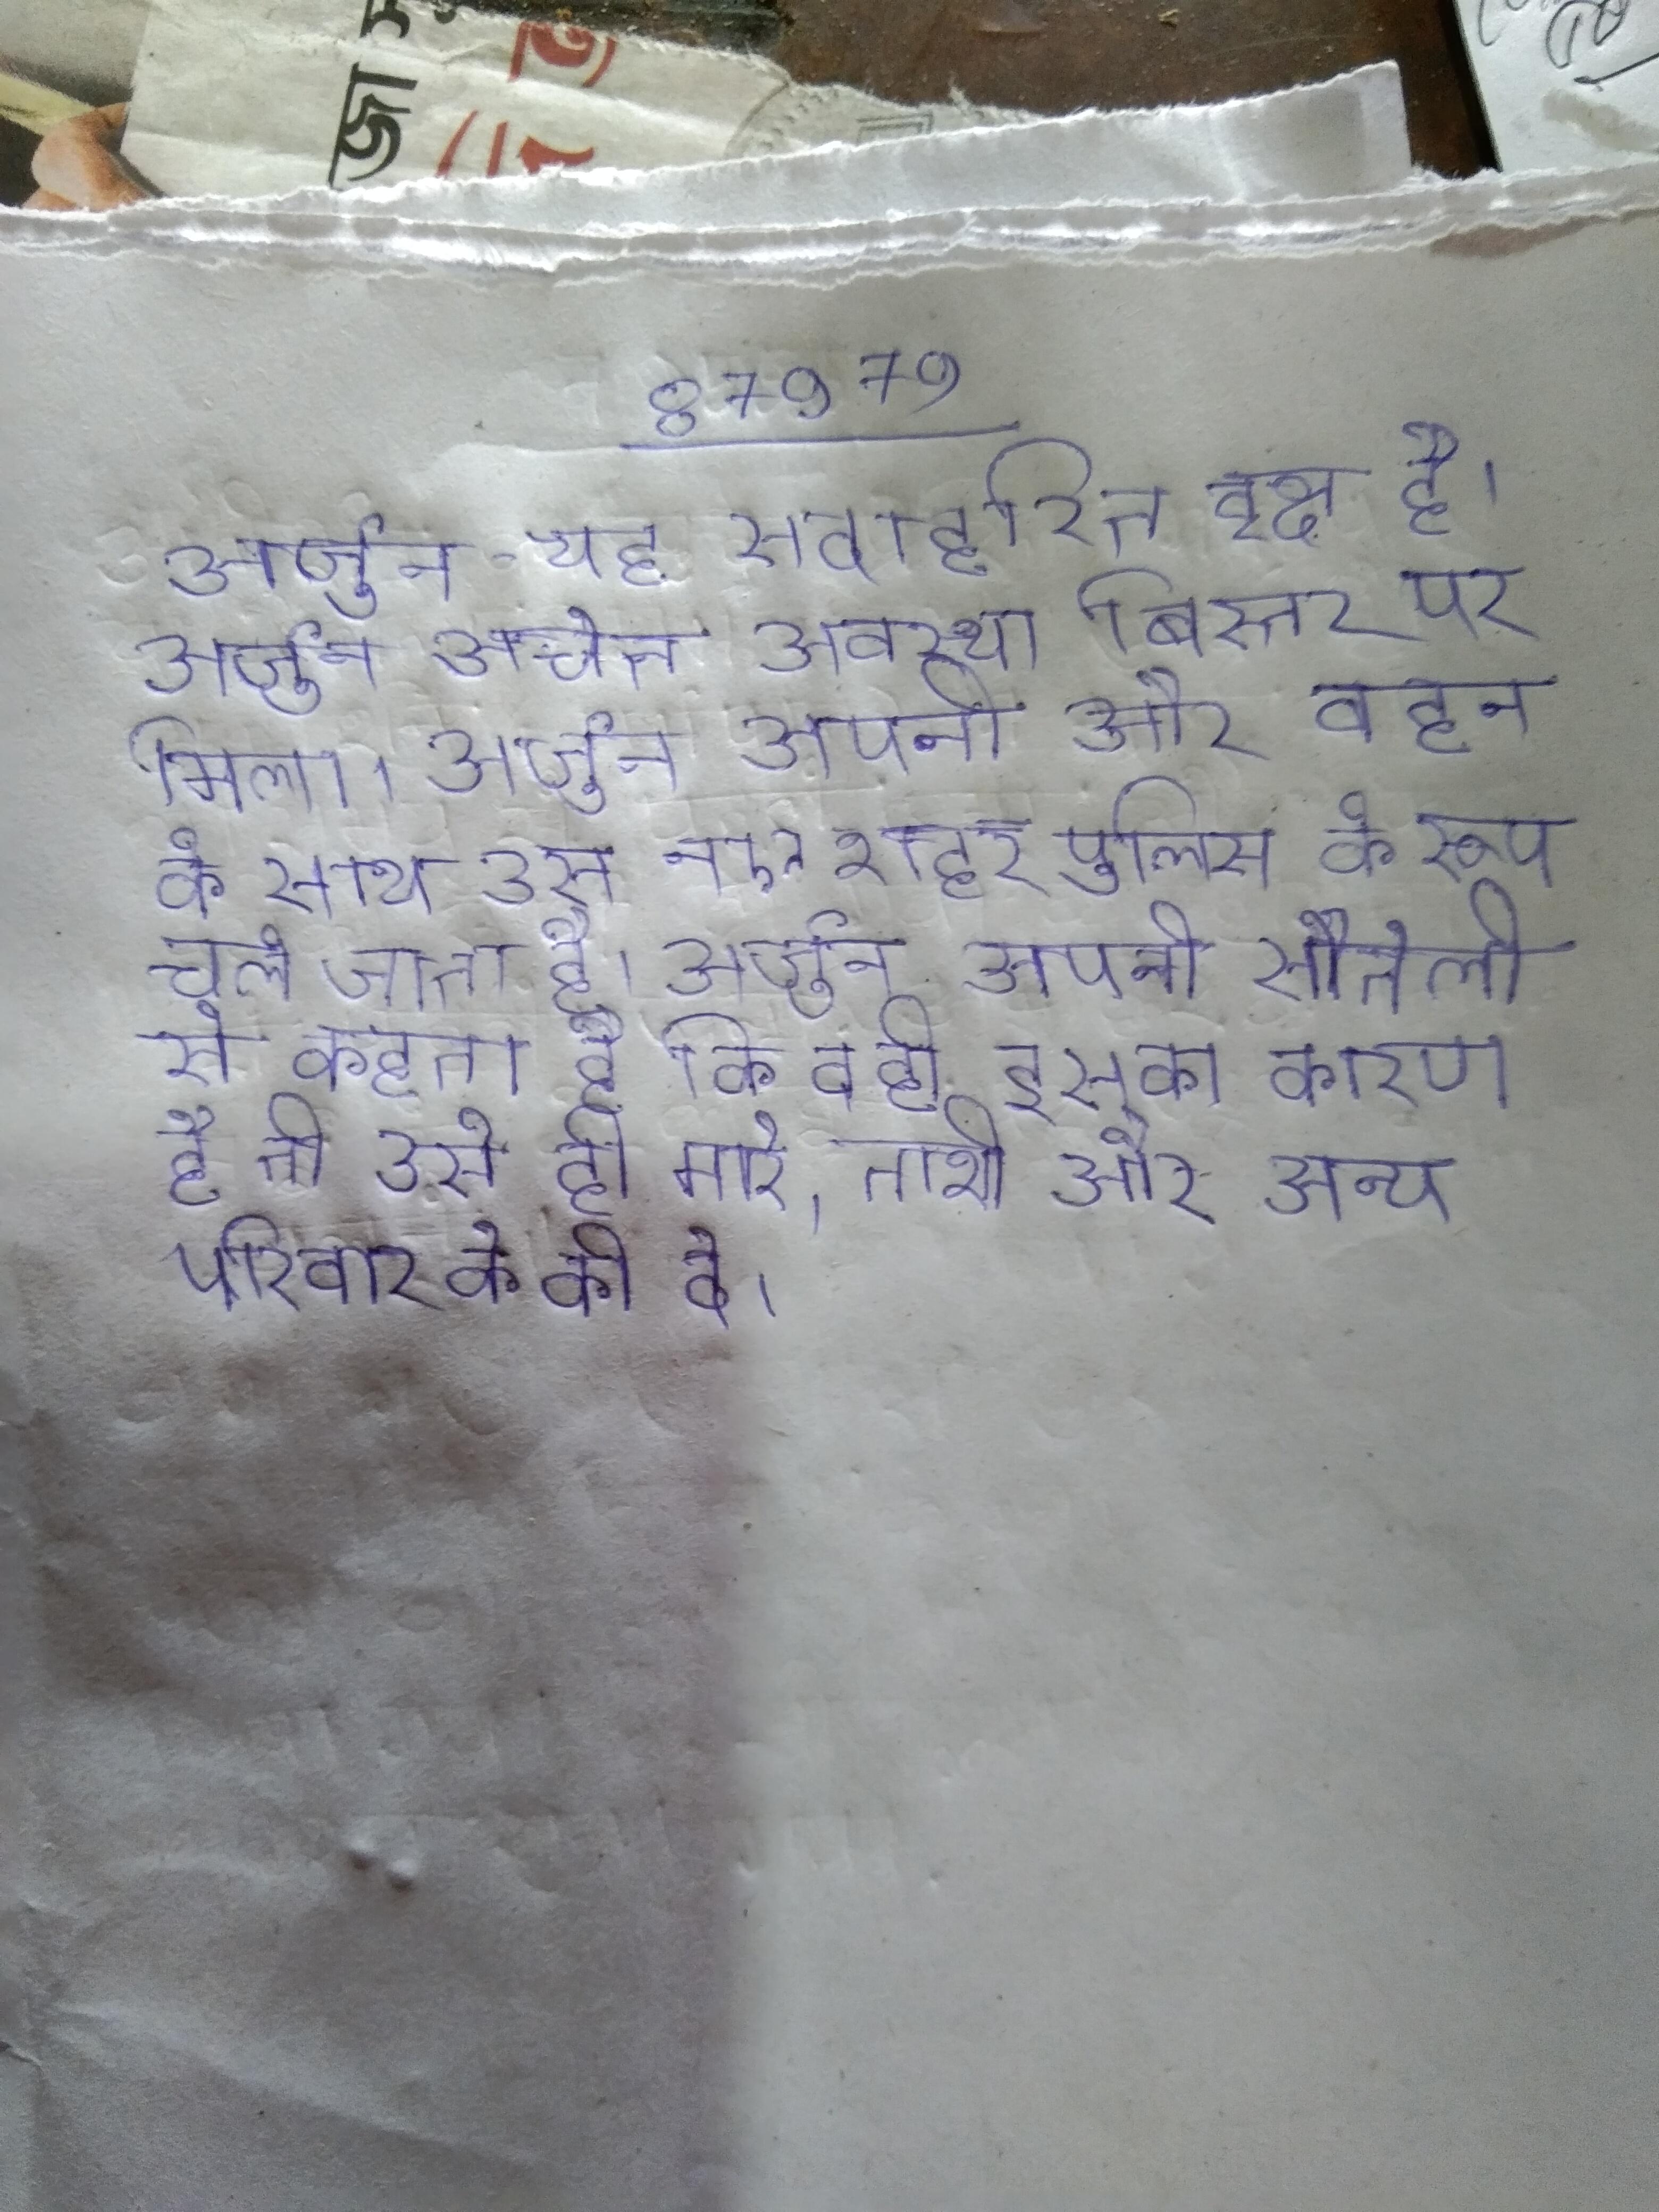
अर्जुन - यह सदाहरित वृक्ष है । अर्जुन अचेत अवस्था बिस्तर पर मिला । अर्जुन अपनी और बहन के साथ उस नए शहर पुलिस के रूप चले जाता है । अर्जुन अपनी सौतेली से कहता है कि वही इसका कारण है तो उसे ही मारे, ताशी और अन्य परिवार के को दे ।